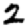
Digit: 2